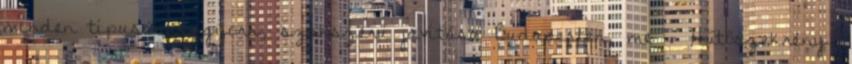
minden típusának gyors, szakszerű javítása Budapesten, me . Hűtőszekrény,